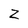
Character: Z